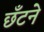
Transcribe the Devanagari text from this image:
छँटने